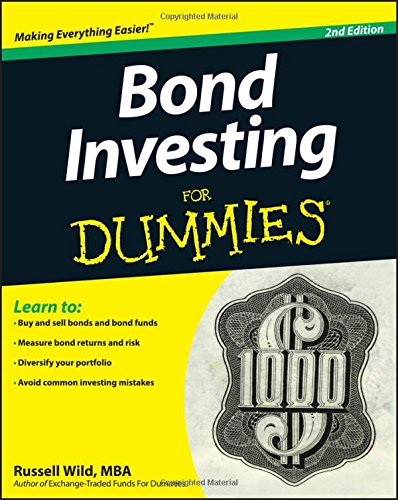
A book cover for Bond Investing For Dummies; Russell Wild; Business & Money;